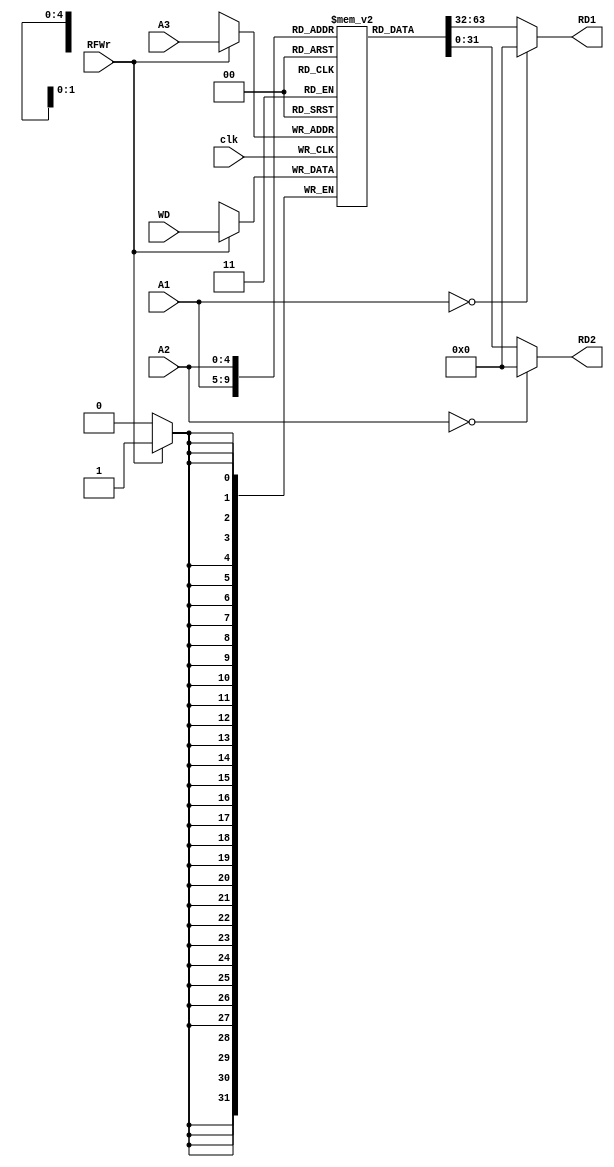
module RF( A1, A2, A3, WD, clk, RFWr, RD1, RD2 );
    
   input  [4:0]  A1, A2, A3;
   input  [31:0] WD;
   input         clk;
   input         RFWr;
   output [31:0] RD1, RD2;
   
   reg [31:0] rf[31:0];
   
   
   always @(posedge clk) begin
      if (RFWr)
         rf[A3] <= WD;
      end // end always
   
   assign RD1 = (A1 == 0) ? 32'd0 : rf[A1];
   assign RD2 = (A2 == 0) ? 32'd0 : rf[A2];
   
endmodule